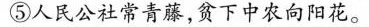
⑤人民公社常青藤，贫下中农向阳花。